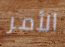
الأمر